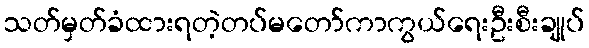
သတ်မှတ်ခံထားရတဲ့တပ်မတော်ကာကွယ်ရေးဦးစီးချုပ်